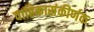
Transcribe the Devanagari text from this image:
वाहिकासंकीर्णक